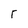
Character: r